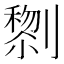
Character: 𭄔